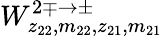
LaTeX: W_{z_{22},m_{22},z_{21},m_{21}}^{2\mp\rightarrow\pm}